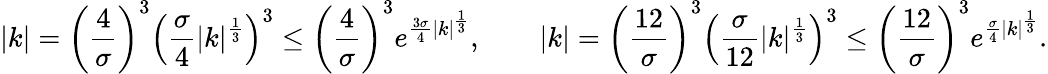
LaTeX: |k|=\bigg(\frac{4}{\sigma}\bigg)^{3}\Big(\frac{\sigma}{4}|k|^{\frac{1}{3}}\Big)^{3}\leq\bigg(\frac{4}{\sigma}\bigg)^{3}e^{\frac{3\sigma}{4}|k|^{\frac{1}{3}}},\qquad|k|=\bigg(\frac{12}{\sigma}\bigg)^{3}\Big(\frac{\sigma}{12}|k|^{\frac{1}{3}}\Big)^{3}\leq\bigg(\frac{12}{\sigma}\bigg)^{3}e^{\frac{\sigma}{4}|k|^{\frac{1}{3}}}.